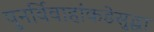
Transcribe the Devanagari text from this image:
पुनर्विवाहांकडेसुद्धा